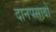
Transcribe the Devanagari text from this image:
दानपसावो